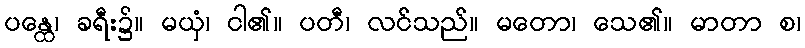
ပန္ထေ၊ ခရီး၌။ မယှံ၊ ငါ၏။ ပတီ၊ လင်သည်။ မတော၊ သေ၏။ မာတာ စ၊